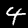
Digit: 4